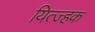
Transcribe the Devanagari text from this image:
यित्ज्हक